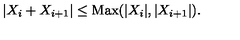
| X _ { i } + X _ { i + 1 } | \leq \mathrm { M a x } ( | X _ { i } | , | X _ { i + 1 } | ) .